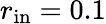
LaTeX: r_{\mathrm{in}}=0.1